Vaccination Hyderabad 1872-1889 - 1872-1889
Year: 1872
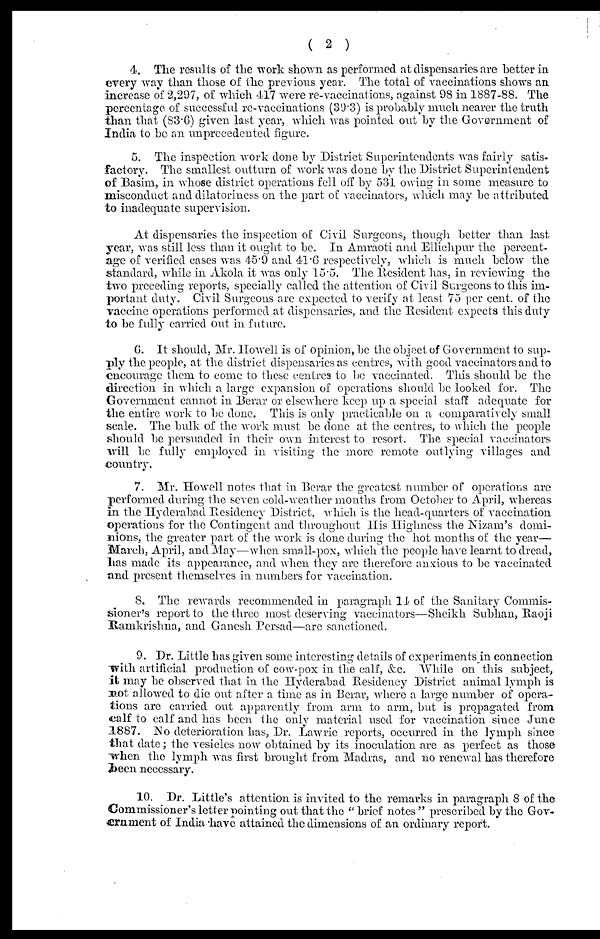
( 2 )
4. The results of the work shown as performed at dispensaries are better in
every way than those of the previous year. The total of vaccinations shows an
increase of 2,297, of which 417 were re-vaccinations, against 98 in 1887-88. The
percentage of successful re-vaccinations (39.3) is probably much nearer the truth
than that (83.6) given last year, which was pointed out by the Government of
India to be an unprecedented figure.
5. The inspection work done by District Superintendents was fairty satis-
factory. The smallest outturn of work was done by the District Superintendent
of Basim, in whose district operations fell off by 531 owing in some measure to
misconduct and dilatoriness on the part of vaccinators, which may be attributed
to inadequate supervision.
At dispensaries the inspection of Civil Surgeons, though better than last
year, was still less than it ought to be. In Amraoti and Ellichpur the percent-
age of verified cases was 45.9 and 41.6 respectively, which is much below the
standard, while in Akola it was only 15.5. The Resident has, in reviewing the
two preceding reports, specially called the attention of Civil Surgeons to this im-
portant duty. Civil Surgeons are expected to verify at least 75 per cent. of the
vaccine operations performed at dispensaries, and the Resident expects this duty
to be fully carried out in future.
6. It should, Mr. Howell is of opinion, be the object of Government to sup-
ply the people, at the district dispensaries as centres, with good vaccinators and to
encourage them to come to these centres to be vaccinated. This should be the
direction in which a large expansion of operations should be looked for. The
Government cannot in Berar or elsewhere keep up a special staff adequate for
the entire work to be done. This is only practicable on a comparatively small
scale. The bulk of the work must be done at the centres, to which the people
should be persuaded in their own interest to resort. The special vaccinators
will be fully employed in visiting the more remote outlying villages and
country.
7. Mr. Howell notes that in Berar the greatest number of operations are
performed during the seven cold-weather months from October to April, whereas
in the Hyderabad Residency District, which is the head-quarters of vaccination
operations for the Contingent and throughout His Highness the Nizam's domi-
nions, the greater part of the work is done during the hot months of the year—
March, April, and May—when small-pox, which the people have learnt to dread,
has made its appearance, and when they are therefore anxious to be vaccinated
and present themselves in numbers for vaccination.
8. The rewards recommended in paragraph 14 of the Sanitary Commis-
sioner's report to the three most deserving vaccinators—Sheikh Subhan, Raoji
Ramkrishna, and Ganesh Persad—are sanctioned.
9. Dr. Little has given some interesting details of experiments in connection
with artificial production of cow-pox in the calf, &c. While on this subject,
it may be observed that in the Hyderabad Residency District animal lymph is
not allowed to die out after a time as in Berar, where a large number of opera-
tions are carried out apparently from arm to arm, but is propagated from
calf to calf and has been the only material used for vaccination since June
1887. No deterioration has, Dr. Lawrie reports, occurred in the lymph since
that date; the vesicles now obtained by its inoculation are as perfect as those
when the lymph was first brought from Madras, and no renewal has therefore
been necessary.
10. Dr. Little's attention is invited to the remarks in paragraph 8 of the
Commissioner's letter pointing out that the " brief notes " prescribed by the Gov-
ernment of India have attained the dimensions of an ordinary report.